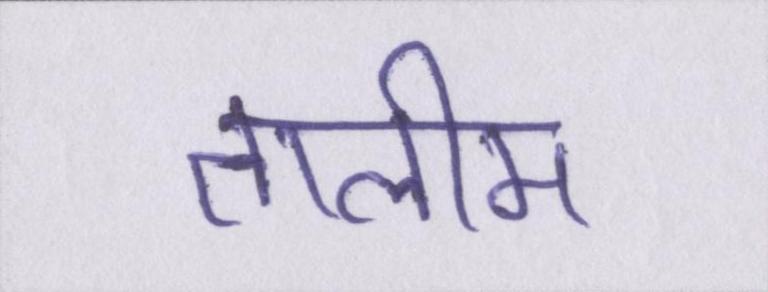
तालीम